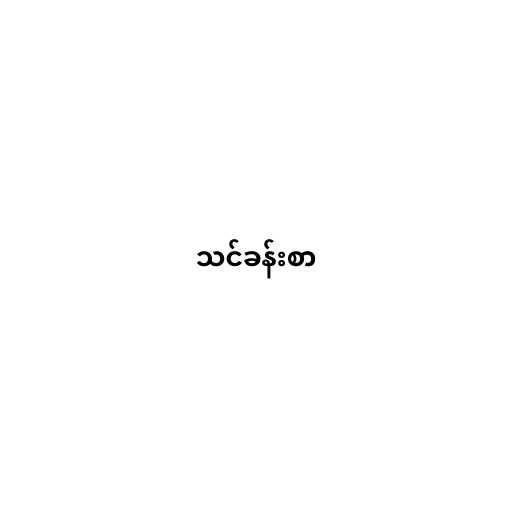
သင်ခန်းစာ